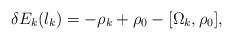
LaTeX: \begin{align*}\delta E_k(l_k) = -\rho_k + \rho_0 - [\Omega_k,\rho_0] ,\end{align*}